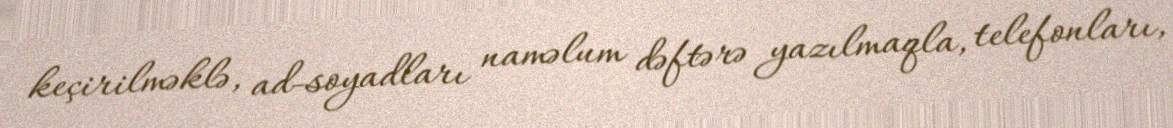
keçirilməklə, ad-soyadları naməlum dəftərə yazılmaqla, telefonları,